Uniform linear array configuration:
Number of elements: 32
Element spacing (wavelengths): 0.25
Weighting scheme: blackman
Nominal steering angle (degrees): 0
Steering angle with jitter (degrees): -0.4894
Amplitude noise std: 0.05
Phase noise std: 0.05

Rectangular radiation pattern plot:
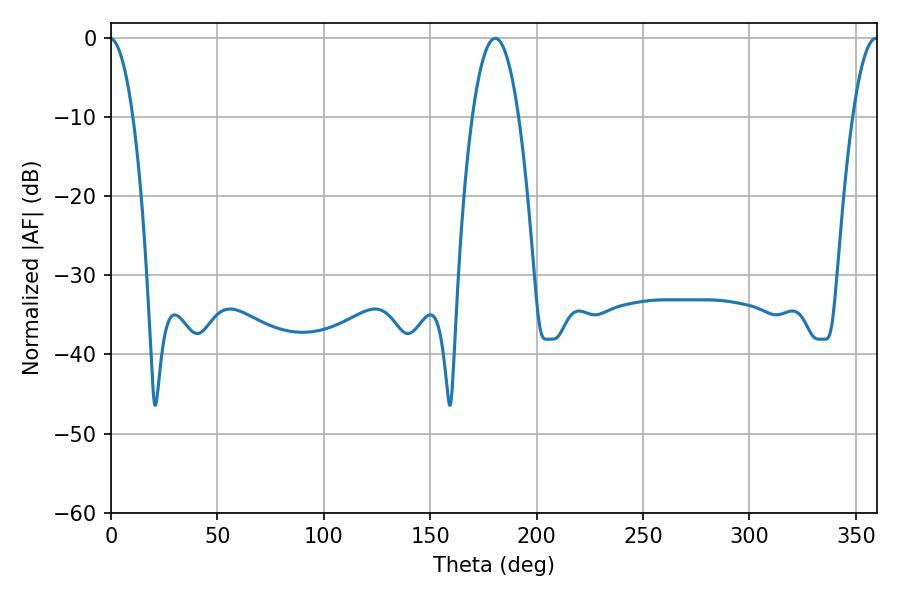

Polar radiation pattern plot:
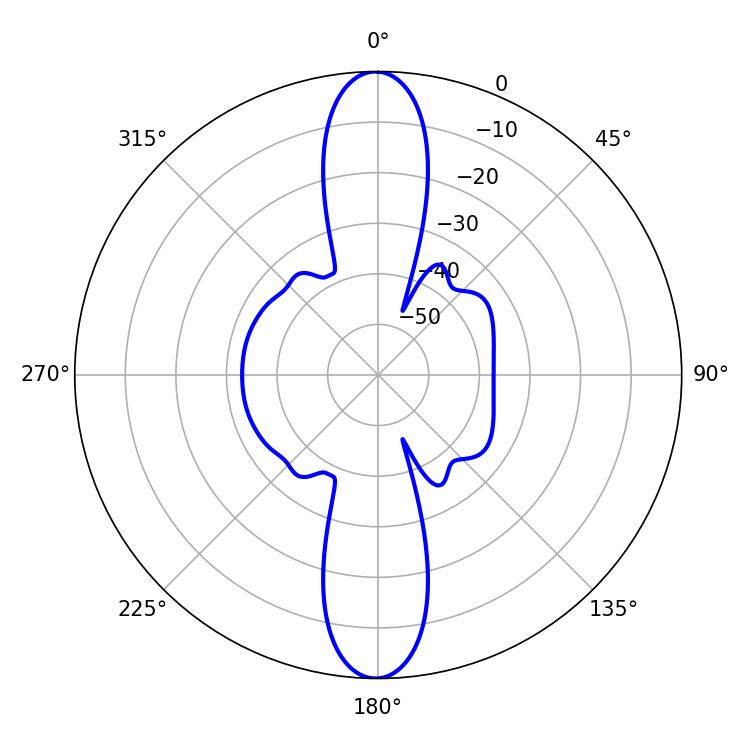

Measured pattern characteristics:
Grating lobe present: FALSE
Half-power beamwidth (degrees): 12.06
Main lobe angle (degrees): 180.54